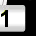
Digit: 1